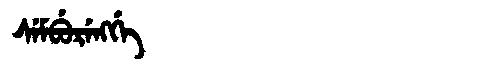
Manchu: ᠰᡝᠮᠪᡠᡵᡝᠩᡤᡝ
Romanization: SEMBURENGGE